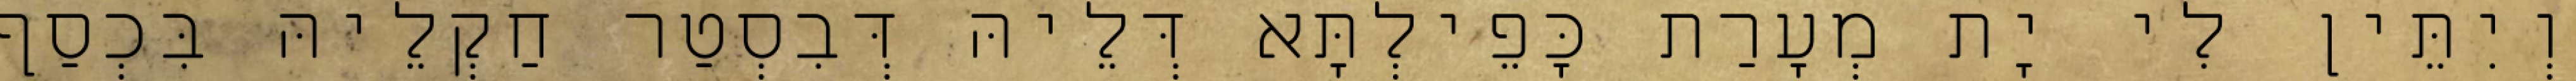
וְיִתֵּין לִי יָת מְעָרַת כָּפֵילְתָּא דְּלֵיהּ דְּבִסְטַר חַקְלֵיהּ בִּכְסַף